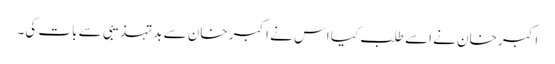
اکبر خان نے اسے طلب کیا اس نے اکبر خان سے بدتہذیبی سے بات کی۔